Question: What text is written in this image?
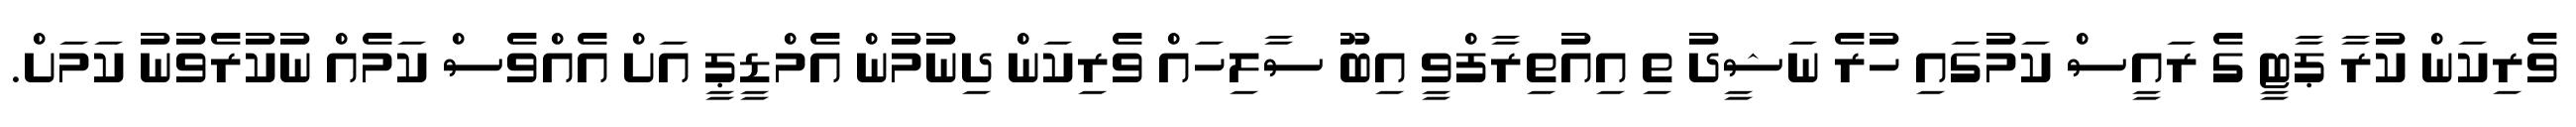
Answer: ވެރިކަން ކުރާ ޕާޓީ ގެ ރައީސް ކަމުގައި ހުރެ ނަޝީދު ތި އިއުތިރާފްވީ އިބޫ ސާލިހައް ވެރިކަން ދިނުމުން އެމްޑީޕީ އަށް އެއްވެސް ކަމެއް ނުކުރެވުނު ކަމަށް.